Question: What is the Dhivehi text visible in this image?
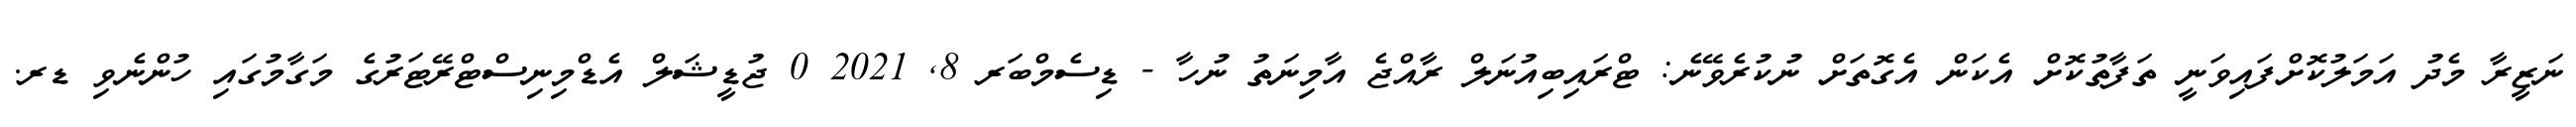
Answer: ނަޒީރާ މެދު އަމަލުކޮށްފައިވަނީ ތަފާތުކޮށް އެކަން އެގޮތަށް ނުކުރެވޭނެ: ޓްރައިބިއުނަލް ރާއްޖެ އާމިނަތު ނުހާ - ޑިސެމްބަރ 8, 2021 0 ޖުޑީޝަލް އެޑްމިނިސްޓްރޭޓަރުގެ މަގާމުގައި ހުންނެވި ޑރ.